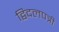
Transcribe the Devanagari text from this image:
द्विदलपत्री